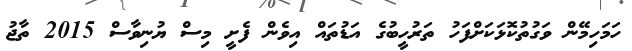
ހަމަހިމޭން ވަގުތުކޮޅަކަށްފަހު ތަރުހީބުގެ އަޑުތައް އިވެން ފެށީ މިސް ޔުނިވާސް 2015 ތާޖު